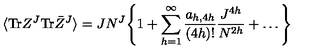
\langle \mathrm { T r } Z ^ { J } \mathrm { T r } \bar { Z } ^ { J } \rangle = J N ^ { J } \Bigg \{ 1 + \sum _ { h = 1 } ^ { \infty } { \frac { a _ { h , 4 h } } { ( 4 h ) ! } } { \frac { J ^ { 4 h } } { N ^ { 2 h } } } + \ldots \Bigg \}